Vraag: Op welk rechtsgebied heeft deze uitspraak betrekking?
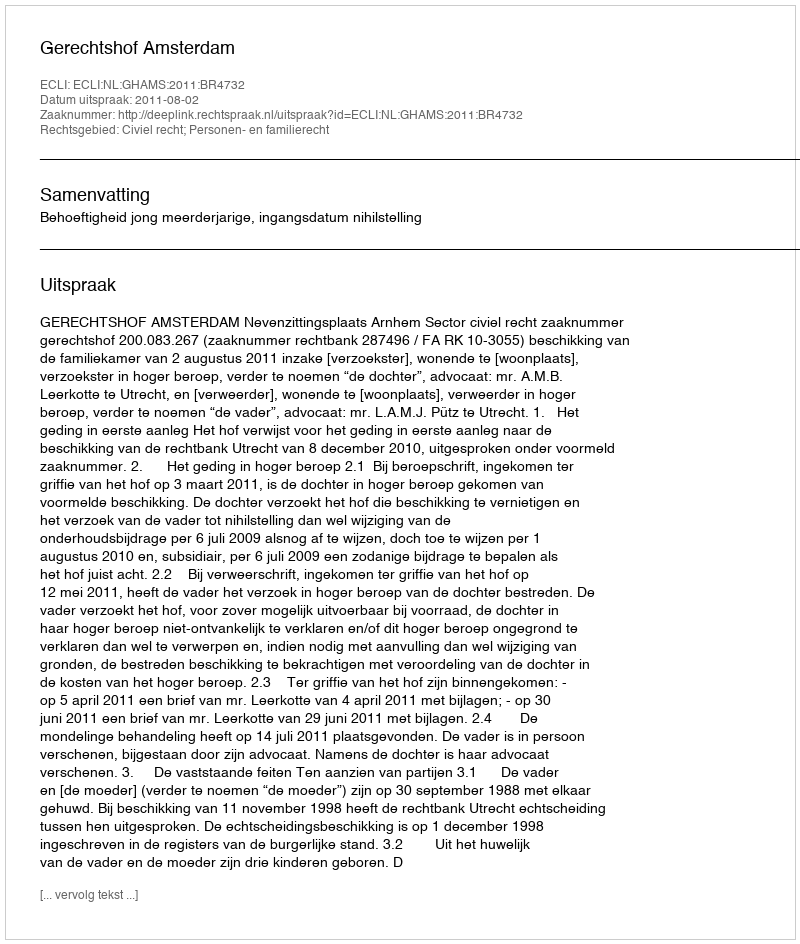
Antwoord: Civiel recht; Personen- en familierecht